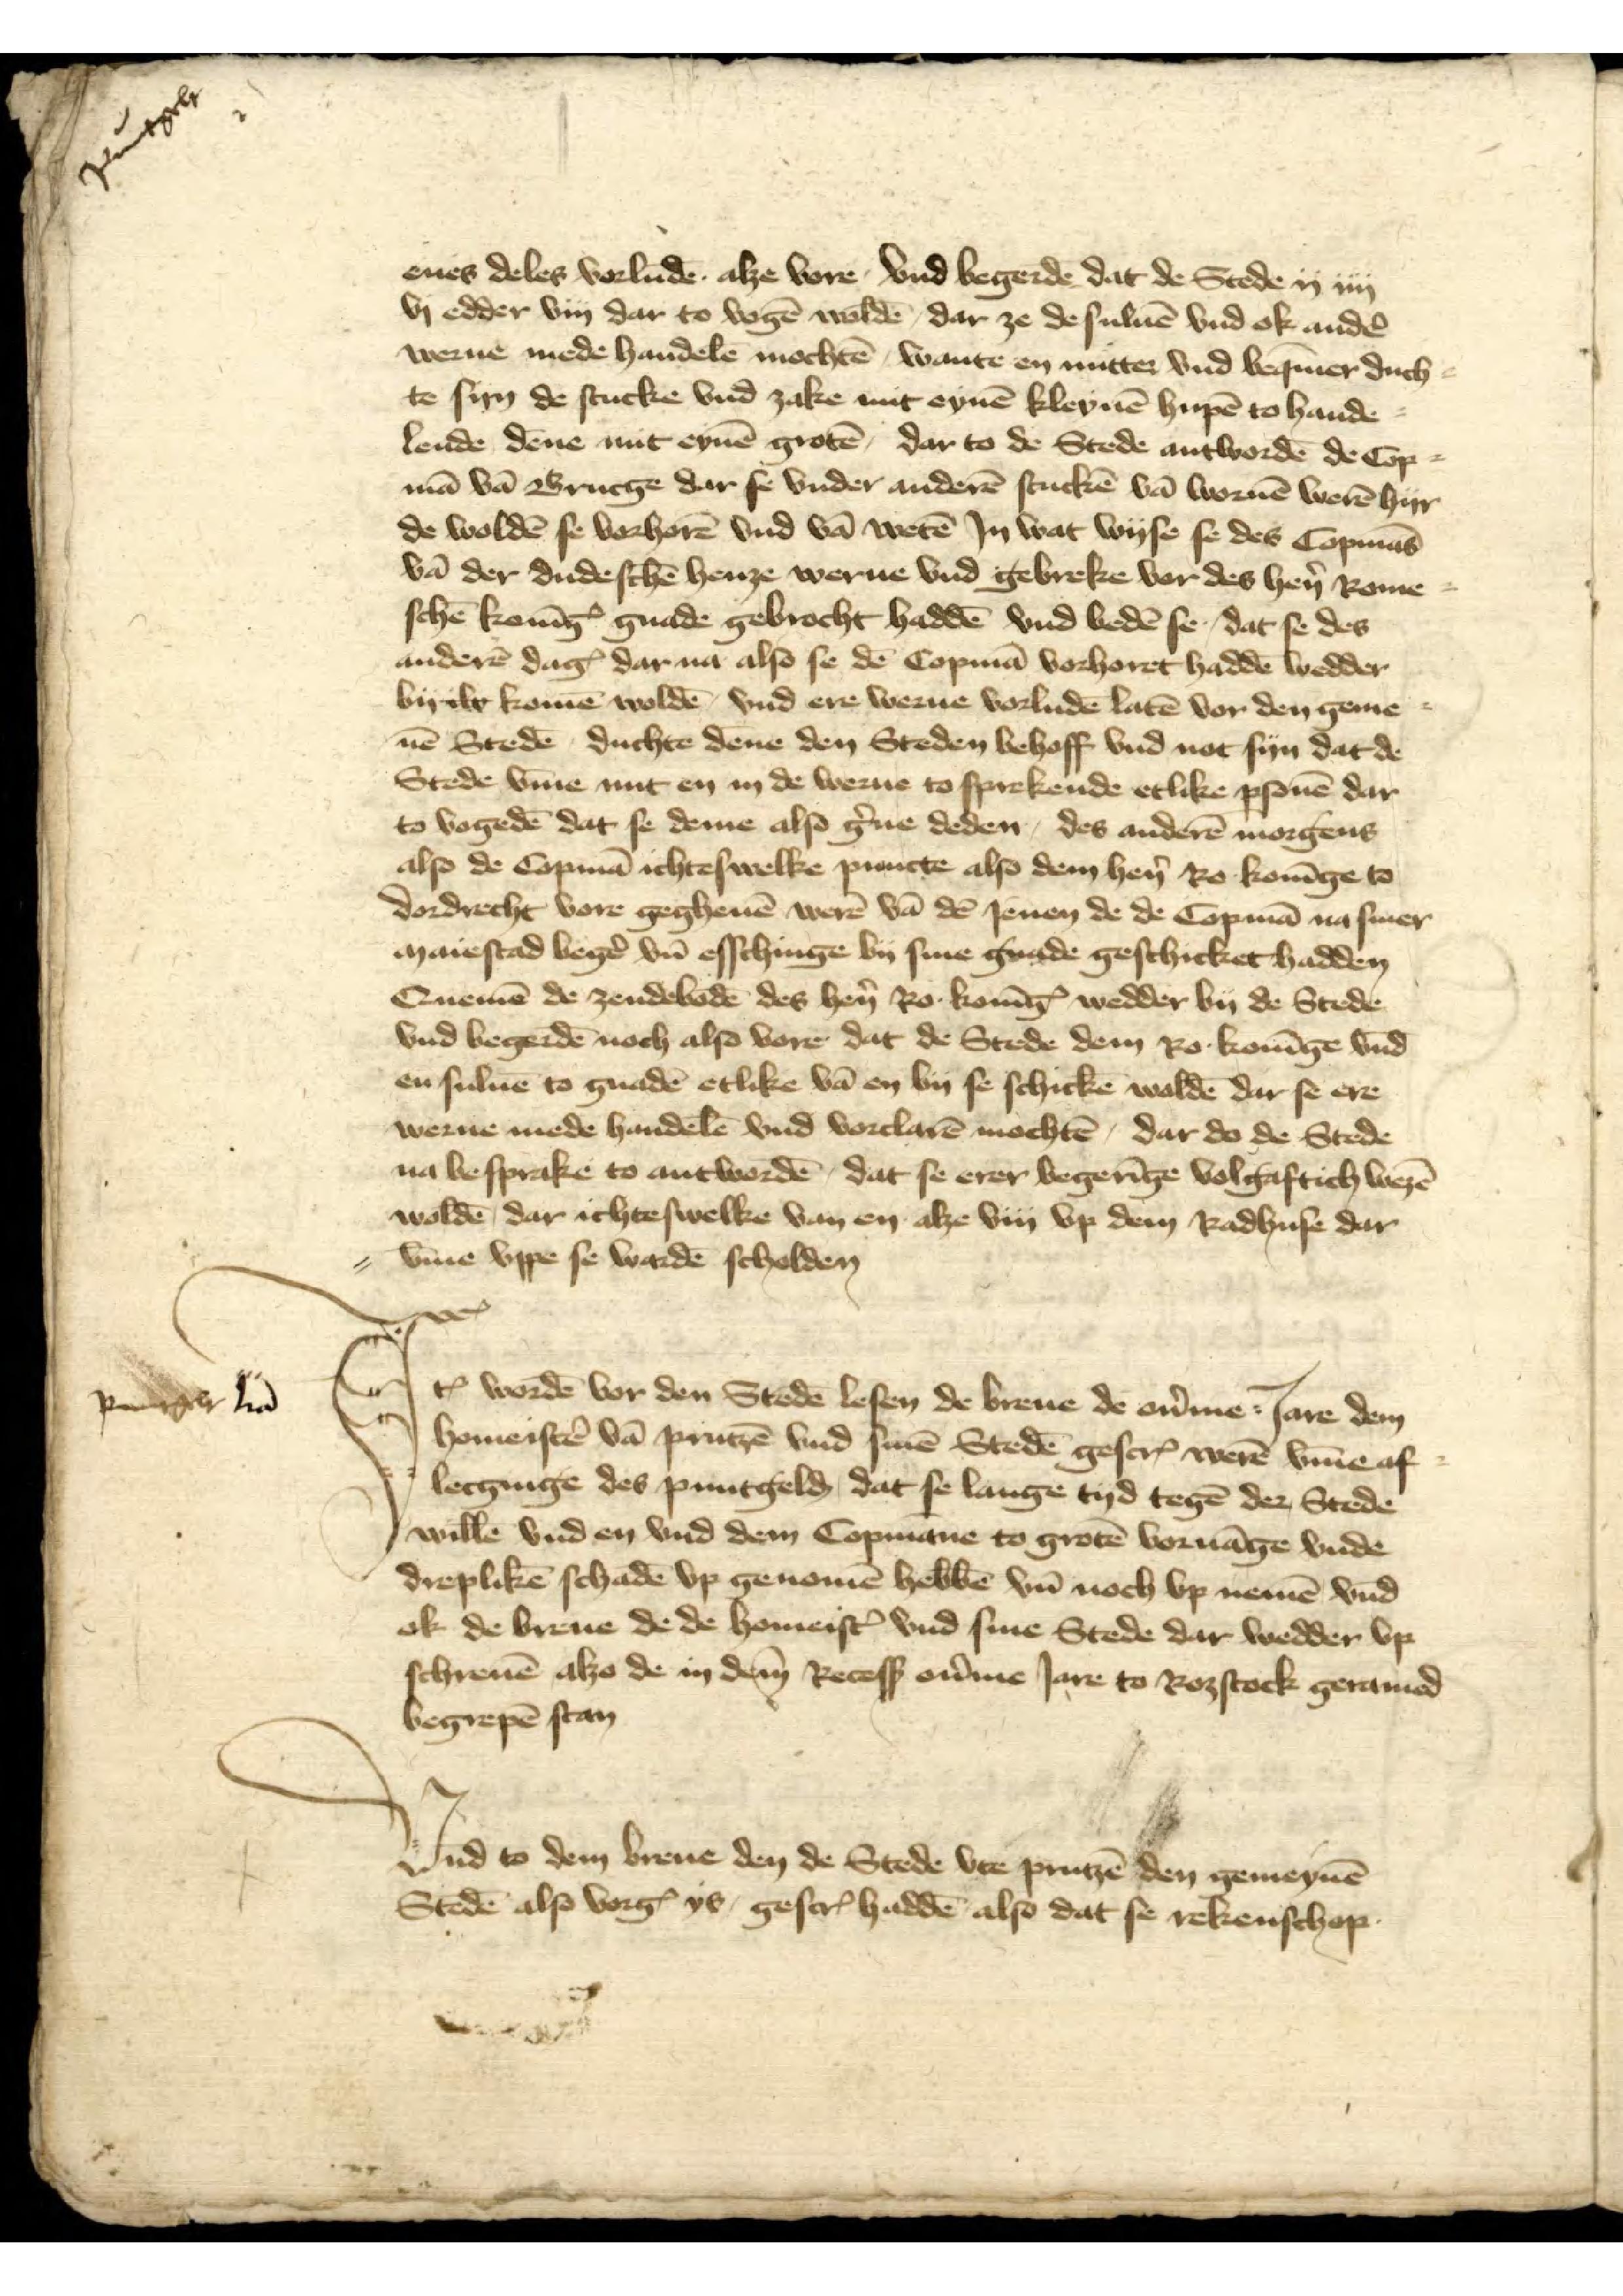
Puntgelt

enes deles vorludē alze vore vnd begerdē dat de Stede ij iiij
vi edder viij dar to vogē woldē, dar ze de suluē vnd ok andẻ
werne mede handelē mochtē, wante en nutter vnd beq̄mer duch¬
te syn de stucke vnd zake mit eynē kleynē hupē to hande
lende dēne mit eynē grotē, dar to de Stede antwordē de Cop¬
mā vā Brucge dar se vnder anderē stucken vā wornē werē hyr
de woldē se vorhorē vnd vā wetē Jn wat wyse se des Copmās
vā der dudeschē henze werne vnd gebreke vor des hẻn Rome¬
schē KonīgꝬ gnade gebracht haddē vnd bedē se, dat se des
anderē dagꝬ dar na also se dē Copmā vorhoret haddē wedder
by iw komē woldē, vnd ere werne vorludē latē vor den geme¬
nē Stedē duchte dēne den Steden behoff vnd not syn dat de
Stede v̄me mit en in de werne to sprekende etlike ꝑsonē dar
to vogedē dat se deme also g̉ne deden, des anderē morgens
also de Copmā ichteswelke puncte also dem hẻn Ro Konīge to
Dordrecht vore gegheuē werē vā dē Jenen de de Copmā na siner
maiestad begẻ vn̄ esschinge by sine gnade geschicket hadden
Quemē de zendebodē des hẻn Ro KonīgꝬ wedder by de Stede
vnd begerdē noch also vore dat de Stede dem Ro Konīge vnd
en suluē to gnadē etlike vā en by se schickē woldē dar se ere
werne mede handelē vnd vorclarē mochtē, dar do de Stede
na besprake to antwordē dat se erer begerīge volgaftich wezē
woldē dar ichtewelke van en alze viij vp dem Radhuse dar
v̄me vppe se wardē scholden

Iꝷ wordē vor den Stedē lesen de breue de oủme Jare dem
homeistẻ vā Prutzē vnd sinē Stedē gescrꝬ werē v̄me af¬
lecginge des puntgelḑ dat se lange tyd tegē der Stede
willē vnd en vnd dem Copmāne to grotē voruāge vnde
dreplikē schadē vp genomē hebbē vnd noch vp nemē vnd
ok de breue de de homeistꝬ vnd sine Stede dar wedder vp
schreuē alzo de in dem Recess oủme Jare to Roztock geramed
begrepē stan

Puntgelt l̄t̄a

Vnd to dem breue den de Stede vte Prutzē den gemeynē
Stedē also vorgꝬ ys gescrꝬ haddē also dat se rekenschop